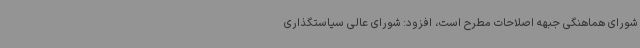
شورای هماهنگی جبهه اصلاحات مطرح است، افزود: شورای عالی سیاستگذاری